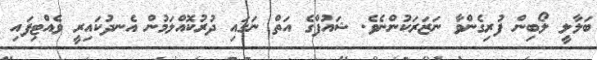
ބަލާލީ ލޯބިން ފުރިގެންވާ ނަޒަރަކުންނެވެ. ޝައުފްގެ އަތް ނަގައި ދުރުކޮއްލަމުން އެނދުކައިރީ ވެއްޓިފައި